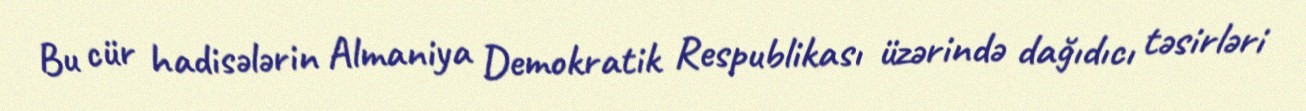
Bu cür hadisələrin Almaniya Demokratik Respublikası üzərində dağıdıcı təsirləri